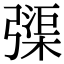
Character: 㣄